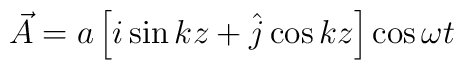
\vec{A}=a\left[i\sin kz +\hat{j}\cos kz \right]\cos \omega t